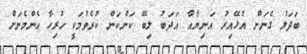
ބަދަލު ގެނަން އުޅޭއިރު އަނިޔާއާ އަދަބު ލިބޭ ކަންކަން ކުރެވުމަކީ ހުރިހާ އެންމެނަށް